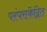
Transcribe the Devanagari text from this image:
परंपराकेंद्रित